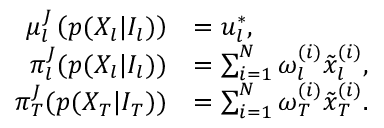
\begin{array} { r l } { \mu _ { l } ^ { J } \left( p ( X _ { l } \vert I _ { l } ) \right) } & { = u _ { l } ^ { * } , } \\ { \pi _ { l } ^ { J } ( p ( X _ { l } \vert I _ { l } ) ) } & { = \sum _ { i = 1 } ^ { N } \omega _ { l } ^ { ( i ) } \tilde { x } _ { l } ^ { ( i ) } , } \\ { \pi _ { T } ^ { J } ( p ( X _ { T } \vert I _ { T } ) ) } & { = \sum _ { i = 1 } ^ { N } \omega _ { T } ^ { ( i ) } \tilde { x } _ { T } ^ { ( i ) } . } \end{array}